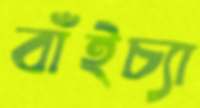
বাঁইচ্যা